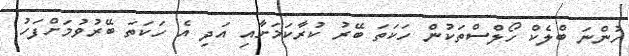
ހުންނަ ބްލެކް ހޯލްސްތަކުން ހަކަތަ ބޭރު ކުރާކަމަށާއި އަދި އެ ހަކަތަ ބޭރުވުމަށްފަހު